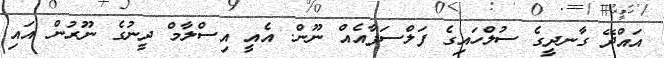
އައްދޭ ގާނދީގެ ސުލްހައިގެ ފަލްސަފާއެއް ނޫން. އެއީ އިސްލާމް ދީނުގެ ނޫރުން އައި